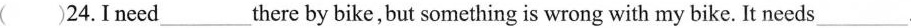
( )24.Ineed___there by bike,but something is wrong with my bike. It needs ___.